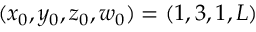
( x _ { 0 } , y _ { 0 } , z _ { 0 } , w _ { 0 } ) = ( 1 , 3 , 1 , L )